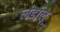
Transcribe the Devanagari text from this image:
लंडालू